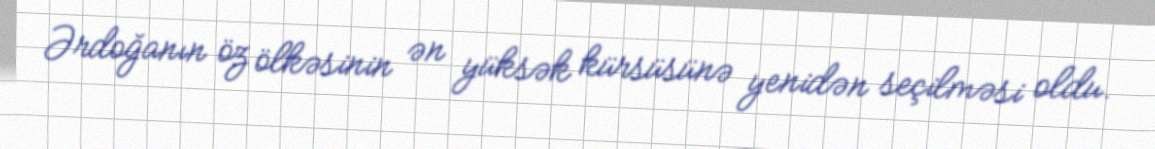
Ərdoğanın öz ölkəsinin ən yüksək kürsüsünə yenidən seçilməsi oldu.